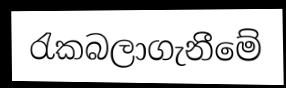
රැකබලාගැනීමේ